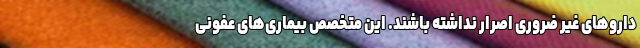
دارو‌های غیر ضروری اصرار نداشته باشند. این متخصص بیماری‌های عفونی